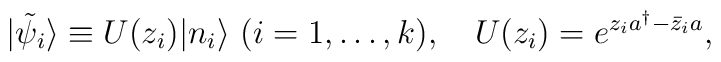
|\tilde{\psi}_i\rangle\equiv U(z_i)|n_i\rangle\ (i=1,\dots,k), \quad U(z_i)=e^{z_ia^\dagger-\bar{z}_i a},